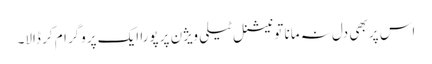
اس پر بھی دل نہ مانا تو نیشنل ٹیلی ویژن پر پورا ایک پروگرام کر ڈالا۔